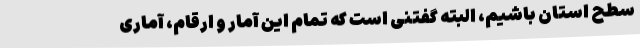
سطح استان باشیم، البته گفتنی است که تمام این آمار و ارقام، آماری